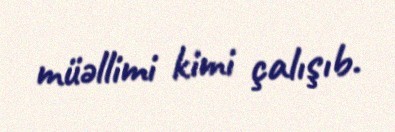
müəllimi kimi çalışıb.